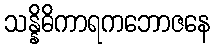
သန္နိဓိကာရကဘောဇနေ